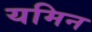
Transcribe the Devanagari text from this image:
यमिन